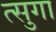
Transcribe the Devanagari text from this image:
त्सुगा